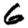
Digit: 6